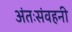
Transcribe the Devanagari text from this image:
अंतःसंवहनी